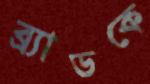
ব্র্যাডকে